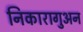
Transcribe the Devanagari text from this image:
निकारागुअन